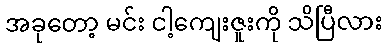
အခုတော့ မင်း ငါ့ကျေးဇူးကို သိပြီလား